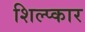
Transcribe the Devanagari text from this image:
शिल्प्कार